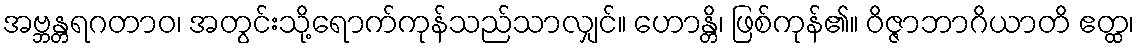
အဗ္ဘန္တရဂတာဝ၊ အတွင်းသို့ရောက်ကုန်သည်သာလျှင်။ ဟောန္တိ၊ ဖြစ်ကုန်၏။ ဝိဇ္ဇာဘာဂိယာတိ ဧတ္ထ၊